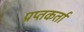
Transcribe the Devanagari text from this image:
प्रप्तकर्ता